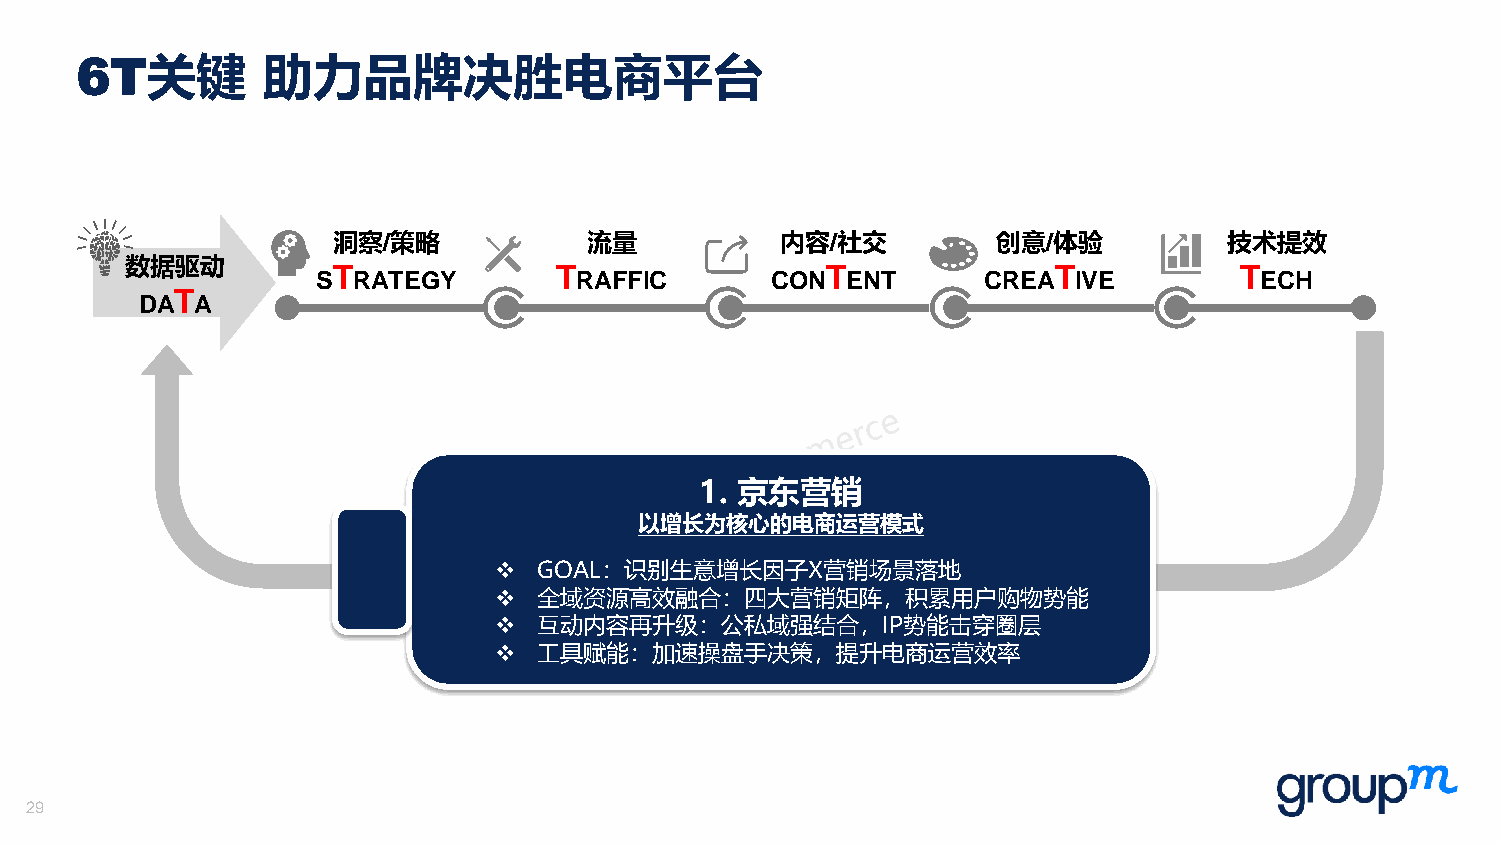
6T关键        助力品牌决胜电商平台
 洞察/策略            流量           内容/社交         创意/体验          技术提效
 数据驱动
 T              T                 T              T           T
 S RATEGY         RAFFIC       CON  ENT      CREA  IVE         ECH
 T
 DA  A
 1. 京东营销
 以增长为核心的电商运营模式
 ❖  GOAL：识别生意增长因子X营销场景落地
 ❖  全域资源高效融合：四大营销矩阵，积累用户购物势能
 ❖  互动内容再升级：公私域强结合，IP势能击穿圈层
 ❖  工具赋能：加速操盘手决策，提升电商运营效率
 29